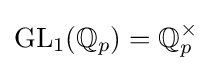
{\text{GL}}_{1}(\mathbb {Q} _{p})=\mathbb {Q} _{p}^{\times }